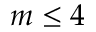
m \le 4